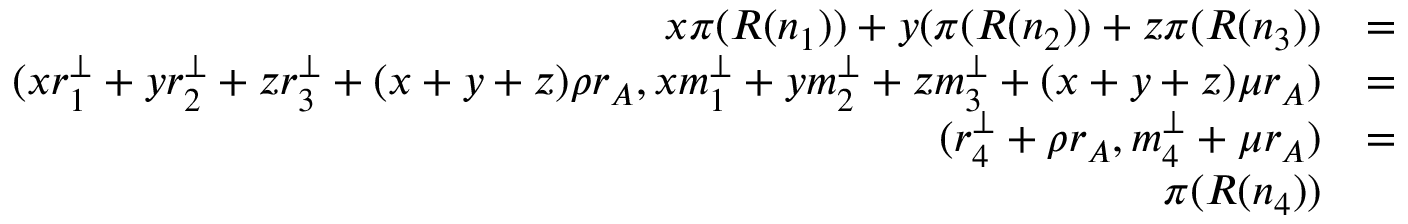
\begin{array} { r l r } { x \pi ( R ( n _ { 1 } ) ) + y ( \pi ( R ( n _ { 2 } ) ) + z \pi ( R ( n _ { 3 } ) ) } & { = } & \\ { ( x r _ { 1 } ^ { \perp } + y r _ { 2 } ^ { \perp } + z r _ { 3 } ^ { \perp } + ( x + y + z ) \rho r _ { A } , x m _ { 1 } ^ { \perp } + y m _ { 2 } ^ { \perp } + z m _ { 3 } ^ { \perp } + ( x + y + z ) \mu r _ { A } ) } & { = } & \\ { ( r _ { 4 } ^ { \perp } + \rho r _ { A } , m _ { 4 } ^ { \perp } + \mu r _ { A } ) } & { = } & \\ { \pi ( R ( n _ { 4 } ) ) } & { } & \end{array}